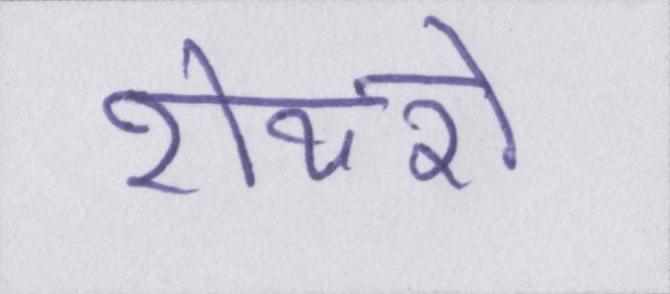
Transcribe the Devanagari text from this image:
शेयरों